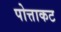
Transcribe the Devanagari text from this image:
पोत्ताकट